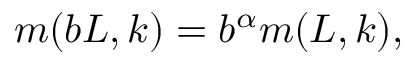
m ( b L , k ) = b ^ { \alpha } m ( L , k ) ,